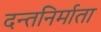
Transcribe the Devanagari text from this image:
दन्तनिर्माता